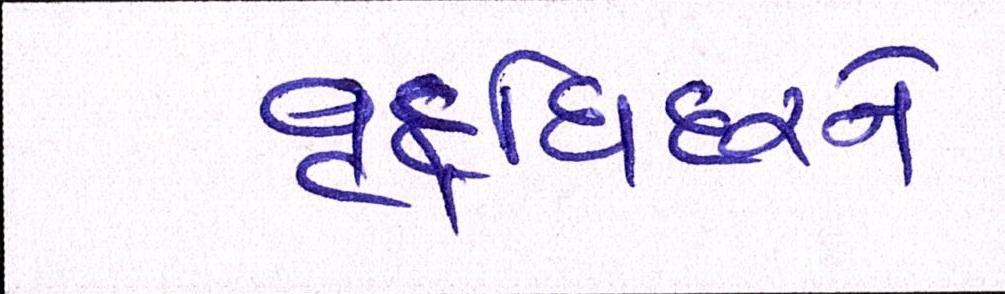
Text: વૃદ્ધિદરને